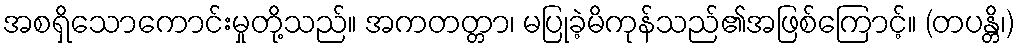
အစရှိသောကောင်းမှုတို့သည်။ အကတတ္တာ၊ မပြုခဲ့မိကုန်သည်၏အဖြစ်ကြောင့်။ (တပန္တိ၊)